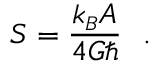
S = { \frac { k _ { \scriptscriptstyle B } A } { 4 G \hbar } } \ \ .